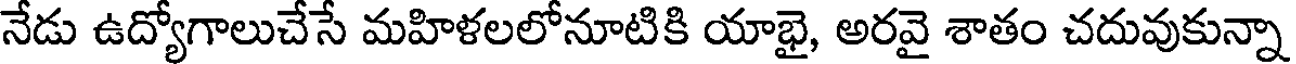
నేడు ఉద్యోగాలుచేసే మహిళలలోనూటికి యాభై, అరవై శాతం చదువుకున్నా